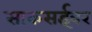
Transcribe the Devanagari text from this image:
साकसईवर